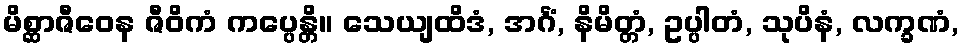
မိစ္ဆာဇီဝေန ဇီဝိကံ ကပ္ပေန္တိ။ သေယျထိဒံ, အင်္ဂံ, နိမိတ္တံ, ဥပ္ပါတံ, သုပိနံ, လက္ခဏံ,